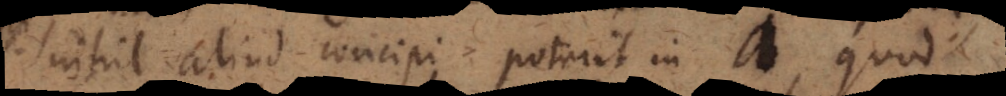
nihil aliud concipi poterit in a, quod